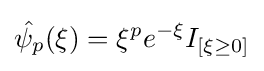
{\hat {\psi _{p}}}(\xi )=\xi ^{p}e^{-\xi }I_{[\xi \geq 0]}